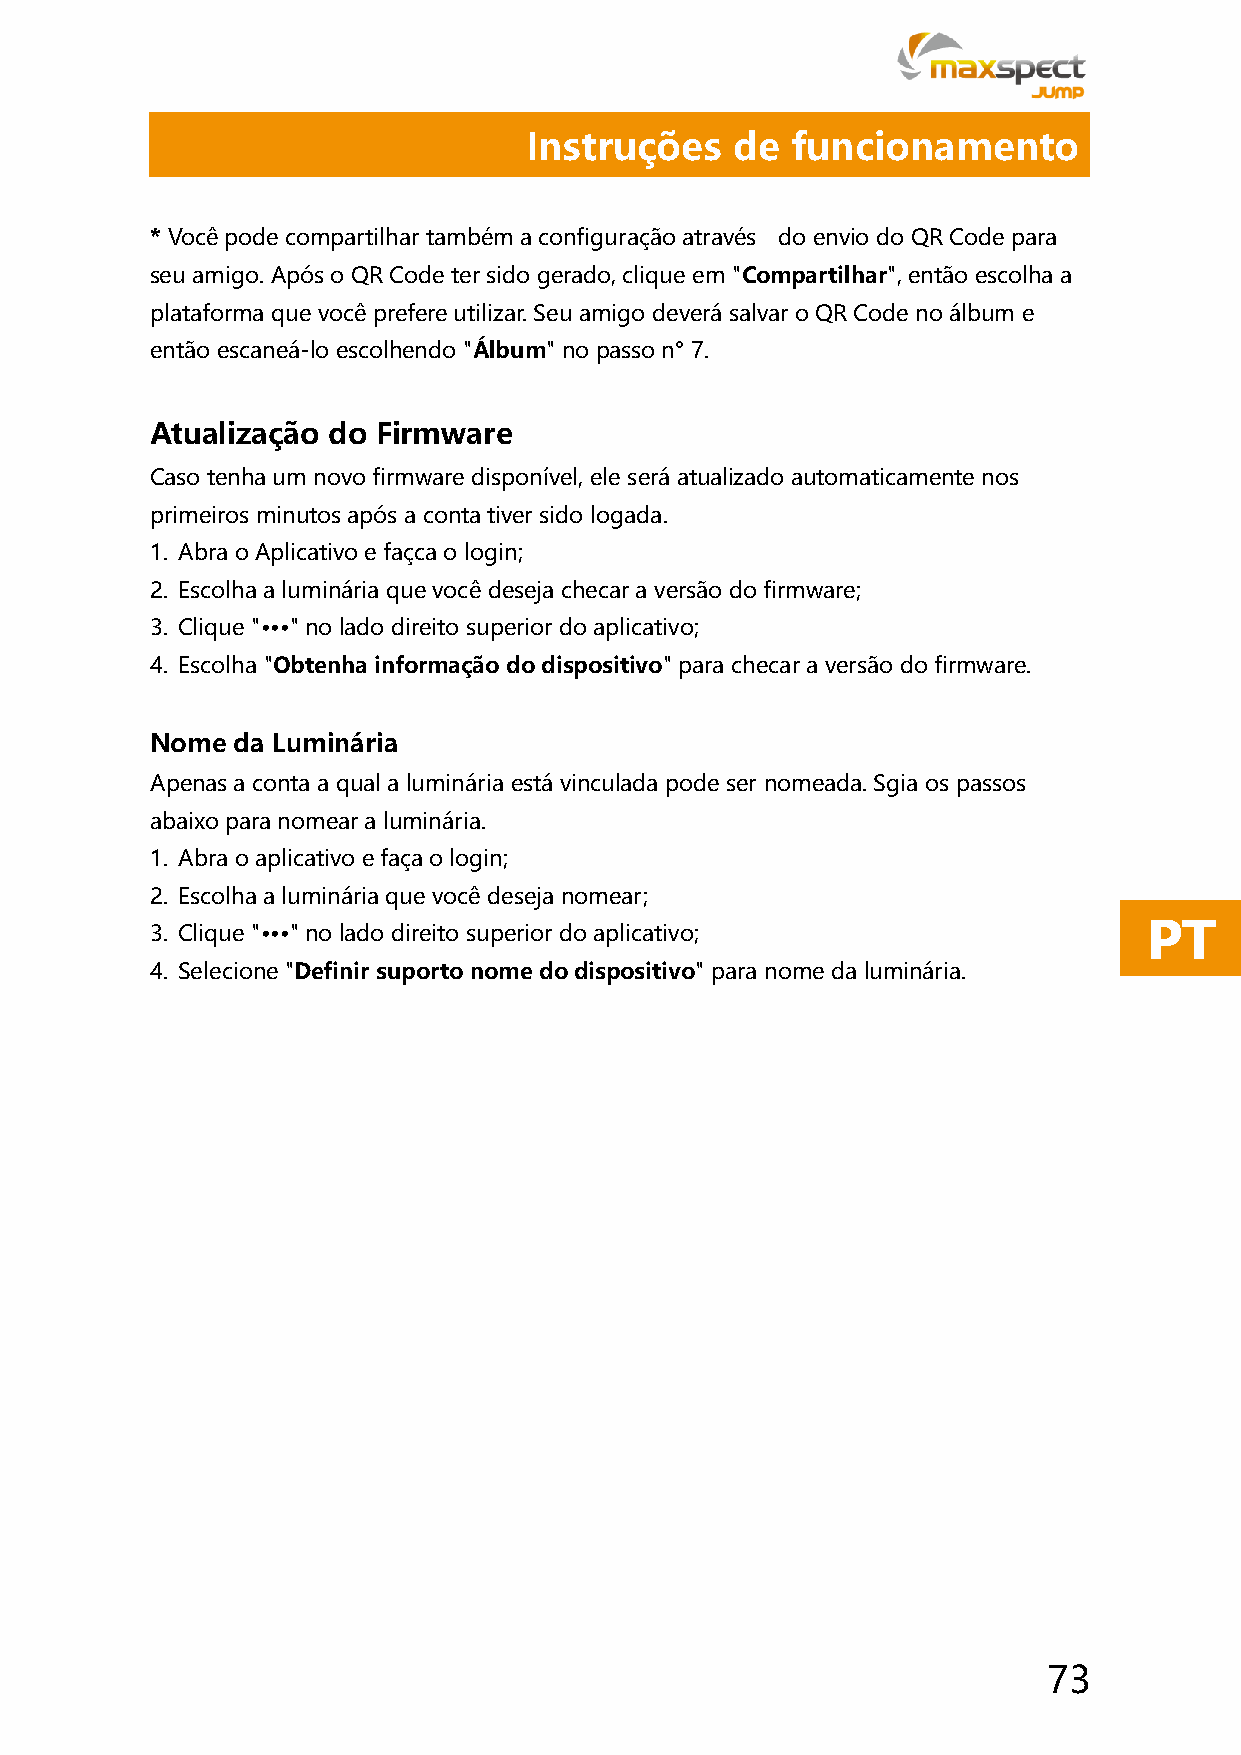
Instruções    de funcionamento
 * Você pode compartilhar também a configuração através do envio do QR Code para
 seu amigo. Após o QR Code ter sido gerado, clique em "Compartilhar", então escolha a
 plataforma que você prefere utilizar. Seu amigo deverá salvar o QR Code no álbum e
 então escaneá-lo escolhendo "Álbum" no passo n° 7.
 Atualização do Firmware
 Caso tenha um novo firmware disponível, ele será atualizado automaticamente nos
 primeiros minutos após a conta tiver sido logada.
 1. Abra o Aplicativo e façca o login;
 2. Escolha a luminária que você deseja checar a versão do firmware;
 3. Clique "∙∙∙" no lado direito superior do aplicativo;
 4. Escolha "Obtenha informação do dispositivo" para checar a versão do firmware.
 Nome  da Luminária
 Apenas a conta a qual a luminária está vinculada pode ser nomeada. Sgia os passos
 abaixo para nomear a luminária.
 1. Abra o aplicativo e faça o login;
 2. Escolha a luminária que você deseja nomear;
 PT
 3. Clique "∙∙∙" no lado direito superior do aplicativo;
 4. Selecione "Definir suporto nome do dispositivo" para nome da luminária.
 73